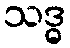
သဒ္ဓ